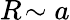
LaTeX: R\! \sim a